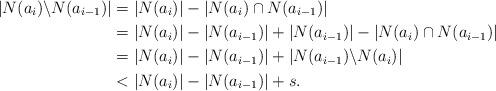
LaTeX: \begin{align*}|N(a_i) \backslash N(a_{i-1})| &= |N(a_i)|-|N(a_i) \cap N(a_{i-1})| \\&=|N(a_i)|-|N(a_{i-1})|+|N(a_{i-1})|- |N(a_i) \cap N(a_{i-1})| \\&=|N(a_i)|-|N(a_{i-1})|+|N(a_{i-1}) \backslash N(a_{i})| \\& < |N(a_i)|-|N(a_{i-1})| + s.\end{align*}